Indian journal of veterinary science and animal husbandry - Volumes 18-21, 1948-1951
Year: 1948
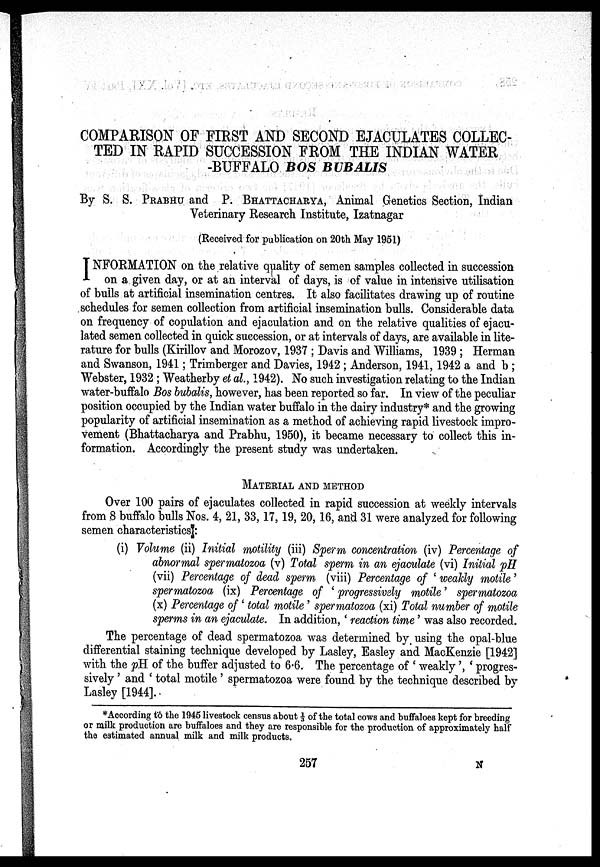
COMPARISON OF FIRST AND SECOND EJACULATES COLLEC-
TED IN RAPID SUCCESSION FROM THE INDIAN WATER
-BUFFALO BOS BUBALIS
By S. S. PRABHU and P. BHATTACHARYA, Animal Genetics Section, Indian
Veterinary Research Institute, Izatnagar
(Received for publication on 20th May 1951)
I NFORMATION on the relative quality of semen samples collected in succession
on a given day, or at an interval of days, is of value in intensive utilisation
of bulls at artificial insemination centres. It also facilitates drawing up of routine
schedules for semen collection from artificial insemination bulls. Considerable data
on frequency of copulation and ejaculation and on the relative qualities of ejacu-
lated semen collected in quick succession, or at intervals of days, are available in lite-
rature for bulls (Kirillov and Morozov, 1937; Davis and Williams, 1939; Herman
and Swanson, 1941; Trimberger and Davies, 1942; Anderson, 1941, 1942 a and b;
Webster, 1932; Weatherby et al., 1942). No such investigation relating to the Indian
water.buffalo Bos bubalis, however, has been reported so far. In view of the peculiar
position occupied by the Indian water buffalo in the dairy industry* and the growing
popularity of artificial insemination as a method of achieving rapid livestock impro-
vement (Bhattacharya and Prabhu, 1950), it became necessary to collect this in-
formation. Accordingly the present study was undertaken.
MATERIAL AND METHOD
Over 100 pairs of ejaculates collected in rapid succession at weekly intervals
from 8 buffalo bulls Nos. 4, 21, 33, 17, 19, 20, 16, and 31 were analyzed for following
semen characteristics:
(i) Volume (ii) Initial motility (iii) Sperm concentration (iv) Percentage of
abnormal spermatozoa (v) Total sperm in an ejaculate (vi) Initial pH
(vii) Percentage of dead sperm (viii) Percentage of 'weakly motile'
spermatozoa (ix) Percentage of 'progressively motile' spermatozoa
(x) Percentage of 'total motile' spermatozoa (xi) Total number of motile
sperms in an ejaculate. In addition, 'reaction time' was also recorded.
The percentage of dead spermatozoa was determined by using the opal-blue
differential staining technique developed by Lasley, Easley and MacKenzie [1942]
with the pH of the buffer adjusted to 6.6. The percentage of 'weakly', 'progres-
sively' and 'total motile' spermatozoa were found by the technique described by
Lasley [1944].
*According to the 1945 livestock census about 1/3 of the total cows and buffaloes kept for breeding
or milk production are buffaloes and they are responsible for the production of approximately half
the estimated annual milk and milk products.
257
N